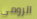
الرومى